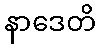
နာဒေတိ